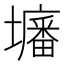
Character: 𡒷